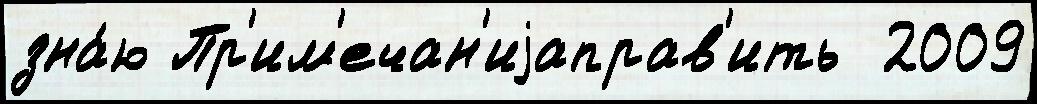
зна́ю Пр'им'ечан'иjаправ'ить  2009